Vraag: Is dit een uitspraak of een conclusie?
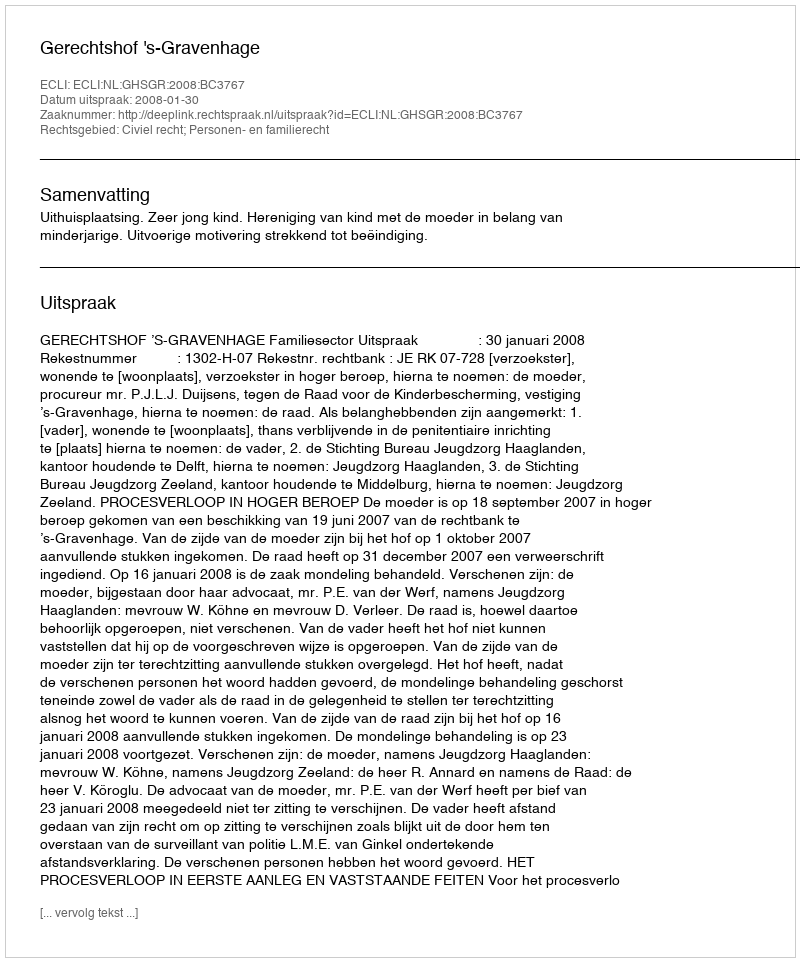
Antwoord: Uitspraak